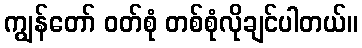
ကျွန်တော် ဝတ်စုံ တစ်စုံလိုချင်ပါတယ်။